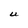
Character: U